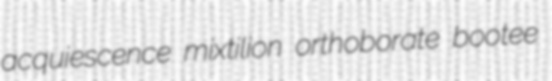
acquiescence mixtilion orthoborate bootee